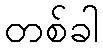
တစ်ခါ